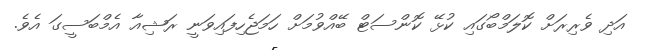
އަދި ވެރިރަށް ކޮލަމްބޯގައި ކުޅޭ ކޮންސަޓް ބޭއްވުމަށް ހަމަޖެހިފައިވަނީ ރަޝިއާ އެމްބަސީގަ އެވެ.